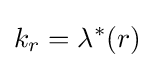
k_{r}=\lambda ^{*}(r)